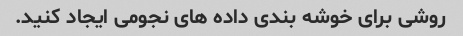
روشی برای خوشه بندی داده های نجومی ایجاد کنید.